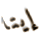
إيتا